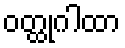
ဝတ္ထုဂါထာ